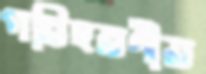
পরিহরণীয়